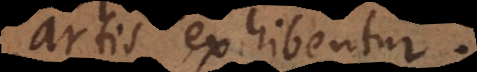
artis exhibentur